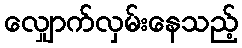
လျှောက်လှမ်းနေသည့်